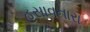
હસાવનારા